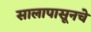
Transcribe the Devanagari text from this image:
सालापासूनचे